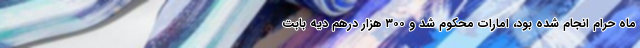
ماه حرام انجام شده بود، امارات محکوم شد و ۳۰۰ هزار درهم دیه بابت